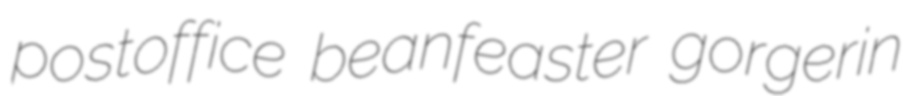
postoffice beanfeaster gorgerin